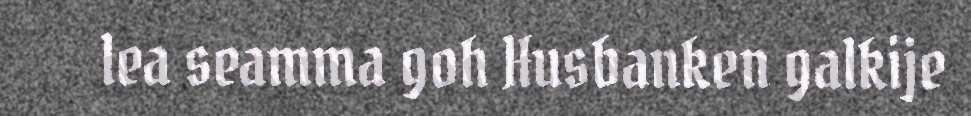
lea seamma goh Husbanken galkije